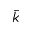
\Bar { k }